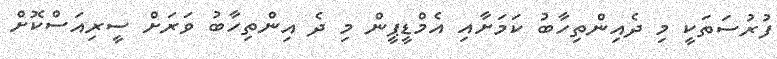
ފުރުސަތަކީ މި ދެއިންތިހާބު ކަމަށާއި އެމްޑީޕީން މި ދެ އިންތިހާބު ވަރަށް ސީރިއަސްކޮށް